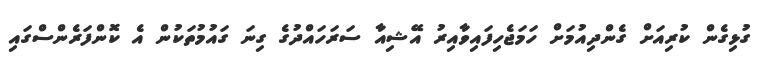
ގުޅިގެން ކުރިއަށް ގެންދިއުމަށް ހަމަޖެހިފައިވާއިރު އޭޝިއާ ސަރަހައްދުގެ ގިނަ ގައުމުތަކުން އެ ކޮންފަރެންސްގައި